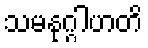
သမနုဂ္ဂါဟတိ